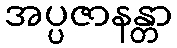
အပ္ပဇာနန္တာ